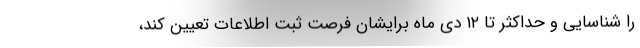
را شناسایی و حداکثر تا ۱۲ دی ماه برایشان فرصت ثبت اطلاعات تعیین کند،